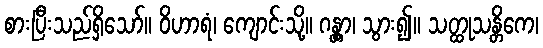
စားပြီးသည်ရှိသော်။ ဝိဟာရံ၊ ကျောင်းသို့။ ဂန္တွာ၊ သွား၍။ သတ္ထုသန္တိကေ၊